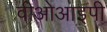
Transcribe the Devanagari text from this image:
वीओआइपी